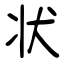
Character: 状